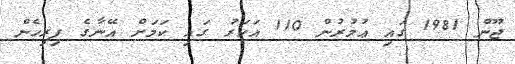
ޖޫން 1981 ގައި ޢުމުރުން 110 އަހަރު ގައި ކަމަށް އޭނާގެ ފިރިހެން